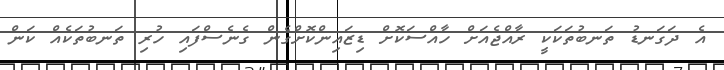
އެ ދަގަނޑު ތަނބުތަކަކީ ރާއްޖެއަށް ހާއްސަކޮށް ޑިޒައިންކޮށްގެން ގެނެސްފައި ހުރި ތަނބުތަކެއް ކަން